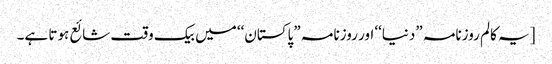
[یہ کالم روزنامہ ”دنیا‘‘ اور روزنامہ ”پاکستان‘‘ میں بیک وقت شائع ہوتا ہے۔